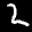
Label: 2